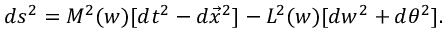
d s ^ { 2 } = M ^ { 2 } ( w ) [ d t ^ { 2 } - d \vec { x } ^ { 2 } ] - L ^ { 2 } ( w ) [ d w ^ { 2 } + d \theta ^ { 2 } ] .